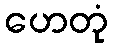
ဟေတုံ